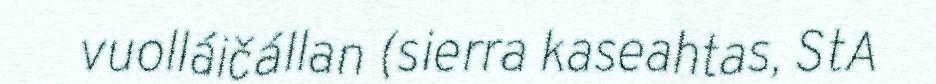
vuolláičállan (sierra kaseahtas, StA